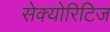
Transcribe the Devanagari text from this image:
सेक्योरिटिज